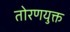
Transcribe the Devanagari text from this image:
तोरणयुक्त